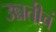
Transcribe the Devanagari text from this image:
उन्नतीचं